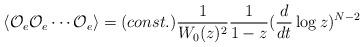
LaTeX: \begin{align*}\langle {\cal O}_e {\cal O}_e \cdots {\cal O}_e \rangle = (const.) \frac{1}{W_0(z)^{2}}\frac{1}{1-z}(\frac{d}{dt}\log z)^{N-2}\end{align*}